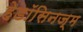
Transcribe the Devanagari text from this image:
हेडॉसिनज्म